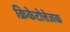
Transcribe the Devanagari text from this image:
क्रिकेटोत्तेजक